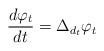
\begin{align*} \frac{d \varphi_t}{dt} = \Delta_{d_t} \varphi_t\end{align*}